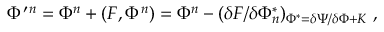
\Phi ^ { \prime } { } ^ { n } = \Phi { } ^ { n } + ( F , \Phi ^ { n } ) = \Phi { } ^ { n } - ( \delta F / \delta \Phi _ { n } ^ { * } ) _ { \Phi ^ { * } = \delta \Psi / \delta \Phi + K } \; ,